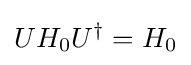
UH_{0}U^{\dagger }=H_{0}